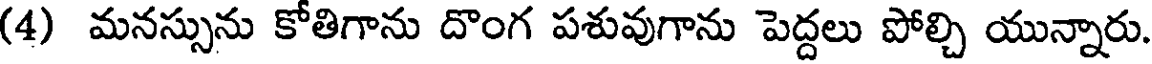
(4) మనస్సును కోతిగాను దొంగ పశువుగాను పెద్దలు పోల్చి యున్నారు.